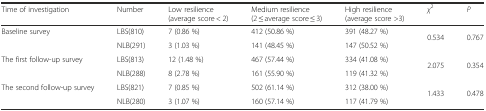
| Time of investigation | Number | Low resilience (average score < 2) | Medium resilience (2 ≤ average score ≤ 3) | High resilience (average score >3) | χ2 | P |
 | --- | --- | --- | --- | --- | --- | --- |
 | <ROWSPAN=2> Baseline survey | LBS(810) | 7 (0.86 %) | 412 (50.86 %) | 391 (48.27 %) | <ROWSPAN=2> 0.534 | <ROWSPAN=2> 0.767 |
 | NLB(291) | 3 (1.03 %) | 141 (48.45 %) | 147 (50.52 %) |
 | <ROWSPAN=2> The first follow-up survey | LBS(813) | 12 (1.48 %) | 467 (57.44 %) | 334 (41.08 %) | <ROWSPAN=2> 2.075 | <ROWSPAN=2> 0.354 |
 | NLB(288) | 8 (2.78 %) | 161 (55.90 %) | 119 (41.32 %) |
 | <ROWSPAN=2> The second follow-up survey | LBS(821) | 7 (0.85 %) | 502 (61.14 %) | 312 (38.00 %) | <ROWSPAN=2> 1.433 | <ROWSPAN=2> 0.478 |
 | NLB(280) | 3 (1.07 %) | 160 (57.14 %) | 117 (41.79 %) |